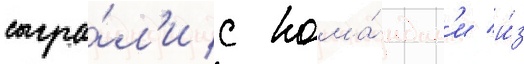
сыгра́л'и с кома́ндам'и и́з